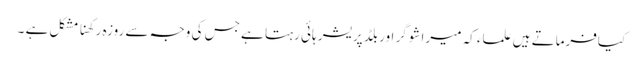
کیافرماتے ہیں علماء کہ میرا شوگر اور بلڈ پریشر ہائی رہتا ہے جس کی وجہ سے روزہ رکھنا مشکل ہے ۔